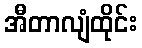
အီတာလျံထိုင်း